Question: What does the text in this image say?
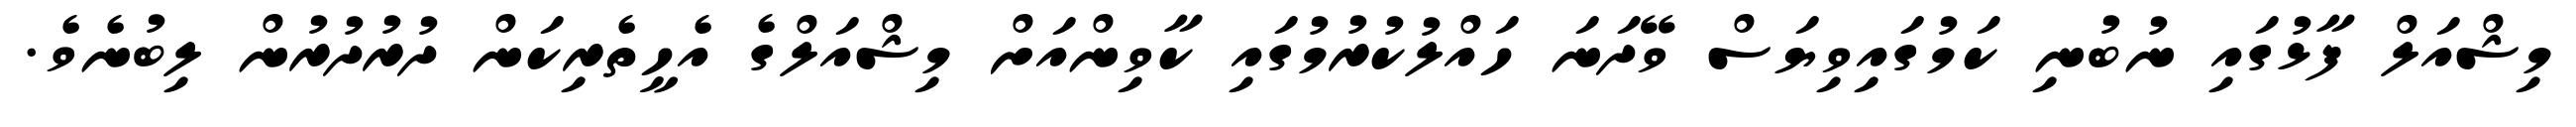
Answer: މިޝްއަލް ފާޅުގައި ނުބުނި ކަމުގައިވިޔަސް ވޭދަނަ ހައްލުކުރުމުގައި ކާވިންއަށް މިޝްއަލްގެ އެހީތެރިކަން ދުރުދުރުން ލިބުނެވެ.